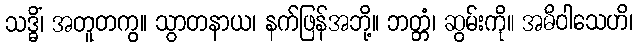
သဒ္ဓိံ၊ အတူတကွ။ သွာတနာယ၊ နက်ဖြန်အဘို့။ ဘတ္တံ၊ ဆွမ်းကို။ အဓိဝါသေဟိ၊